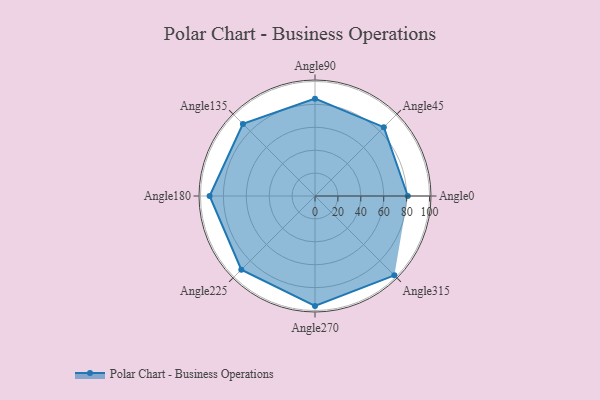
{"axis": {"x": "Angle", "y": "Radius"}, "legend": [""], "data": [{"x": "Angle0", "y": 81.0, "type": ""}, {"x": "Angle45", "y": 85.0, "type": ""}, {"x": "Angle90", "y": 85.0, "type": ""}, {"x": "Angle135", "y": 89.0, "type": ""}, {"x": "Angle180", "y": 92.0, "type": ""}, {"x": "Angle225", "y": 91.0, "type": ""}, {"x": "Angle270", "y": 96.0, "type": ""}, {"x": "Angle315", "y": 98.0, "type": ""}]}